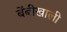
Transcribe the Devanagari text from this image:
बेंबीखाली